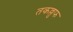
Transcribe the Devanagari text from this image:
तकल्लुफ